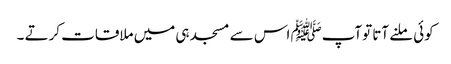
کوئی ملنے آتا توآپﷺ اس سے مسجد ہی میں ملاقات کرتے ۔